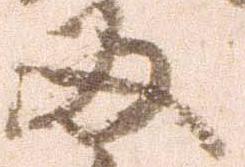
両